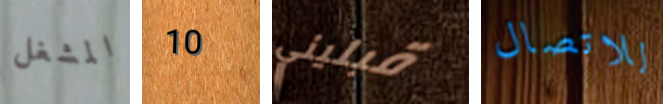
المشغل 10 قبليني للاتصال